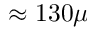
\approx 1 3 0 \mu